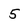
Character: 5